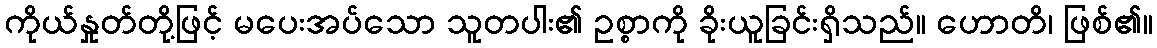
ကိုယ်နှုတ်တို့ဖြင့် မပေးအပ်သော သူတပါး၏ ဥစ္စာကို ခိုးယူခြင်းရှိသည်။ ဟောတိ၊ ဖြစ်၏။